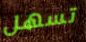
تسهل